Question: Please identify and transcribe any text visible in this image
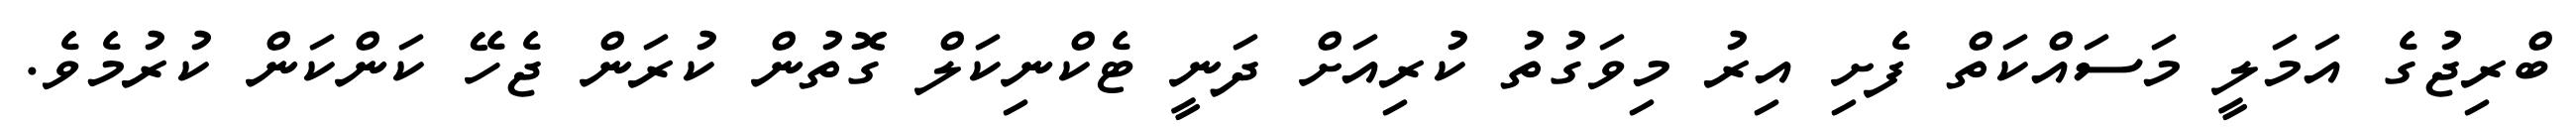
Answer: ބްރިޖުގެ އަމަލީ މަސައްކަތް ފެށި އިރު މިވަގުތު ކުރިއަށް ދަނީ ޓެކްނިކަލް ގޮތުން ކުރަން ޖެހޭ ކަންކަން ކުރުމެވެ.